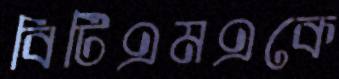
বিটিএমএকে